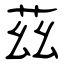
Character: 茲